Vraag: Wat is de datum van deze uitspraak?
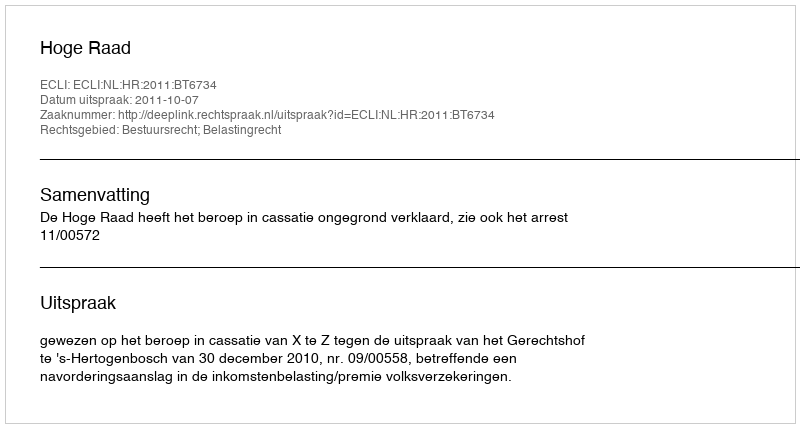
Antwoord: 2011-10-07